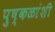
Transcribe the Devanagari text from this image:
पुष्कळांशी